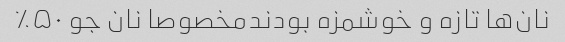
نان‌ها تازه و خوشمزه بودندمخصوصا نان جو ۵۰٪